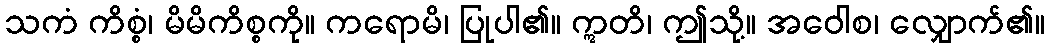
သကံ ကိစ္စံ၊ မိမိကိစ္စကို။ ကရောမိ၊ ပြုပါ၏။ ဣတိ၊ ဤသို့။ အဝေါစ၊ လျှောက်၏။